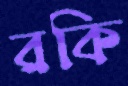
রকি